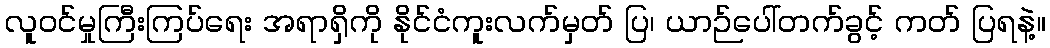
လူဝင်မှုကြီးကြပ်ရေး အရာရှိကို နိုင်ငံကူးလက်မှတ် ပြ၊ ယာဉ်ပေါ်တက်ခွင့် ကတ် ပြရနဲ့။